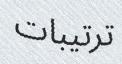
ترتيبات